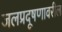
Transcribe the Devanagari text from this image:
जलप्रदूषणावरील